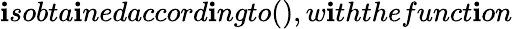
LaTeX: \mathbf{i}sobta\mathbf{i}nedaccord\mathbf{i}ngto(),w\mathbf{i}ththefunct\mathbf{i}on